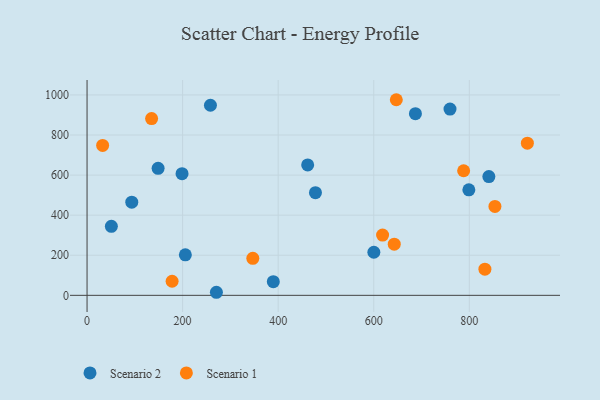
{"axis": {"x": "Experience", "y": "Salary"}, "legend": ["Scenario 1", "Scenario 2"], "data": [{"x": "258.2", "y": 948.4, "type": "Scenario 2"}, {"x": "687.2", "y": 906.3, "type": "Scenario 2"}, {"x": "93.6", "y": 465.0, "type": "Scenario 2"}, {"x": "389.8", "y": 68.3, "type": "Scenario 2"}, {"x": "478.0", "y": 512.1, "type": "Scenario 2"}, {"x": "198.8", "y": 606.8, "type": "Scenario 2"}, {"x": "205.7", "y": 202.2, "type": "Scenario 2"}, {"x": "759.6", "y": 929.5, "type": "Scenario 2"}, {"x": "840.9", "y": 592.6, "type": "Scenario 2"}, {"x": "799.0", "y": 526.4, "type": "Scenario 2"}, {"x": "148.7", "y": 633.5, "type": "Scenario 2"}, {"x": "270.7", "y": 15.3, "type": "Scenario 2"}, {"x": "600.2", "y": 214.9, "type": "Scenario 2"}, {"x": "50.9", "y": 344.5, "type": "Scenario 2"}, {"x": "461.7", "y": 650.5, "type": "Scenario 2"}, {"x": "832.6", "y": 130.6, "type": "Scenario 1"}, {"x": "618.5", "y": 300.8, "type": "Scenario 1"}, {"x": "178.0", "y": 70.3, "type": "Scenario 1"}, {"x": "135.1", "y": 881.9, "type": "Scenario 1"}, {"x": "853.6", "y": 443.6, "type": "Scenario 1"}, {"x": "642.9", "y": 255.5, "type": "Scenario 1"}, {"x": "788.1", "y": 621.6, "type": "Scenario 1"}, {"x": "647.2", "y": 976.0, "type": "Scenario 1"}, {"x": "32.6", "y": 747.8, "type": "Scenario 1"}, {"x": "921.5", "y": 759.2, "type": "Scenario 1"}, {"x": "346.9", "y": 184.9, "type": "Scenario 1"}]}